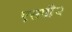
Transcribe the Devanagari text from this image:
एसपी२